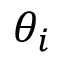
\theta _ { i }